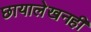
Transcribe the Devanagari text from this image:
छायालेखनही